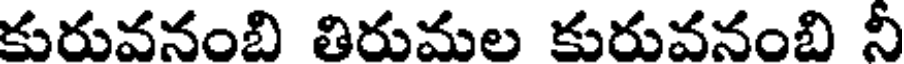
కురువనంబి తిరుమల కురువనంబి నీ